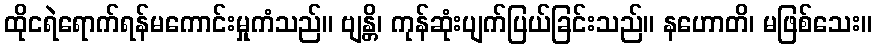
ထိုငရဲရောက်ရန်မကောင်းမှုကံသည်။ ဗျန္တိ၊ ကုန်ဆုံးပျက်ပြယ်ခြင်းသည်။ နဟောတိ၊ မဖြစ်သေး။